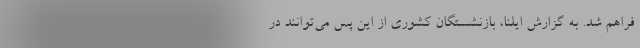
فراهم شد. به گزارش ایلنا، بازنشستگان کشوری از این پس می‌توانند در